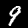
Label: 9